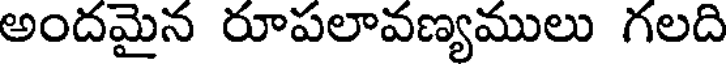
అందమైన రూపలావణ్యములు గలది